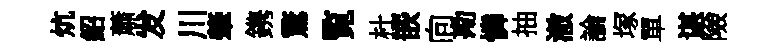
炕紹蕭发川肇鎸驚覧杜嵌向勘憐抽澈論塚單谌險